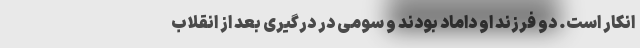
انکار است. دو فرزند او داماد بودند و سومی در درگیری بعد از انقلاب